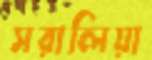
সরালিয়া